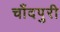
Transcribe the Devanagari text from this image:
चाँदपुरी